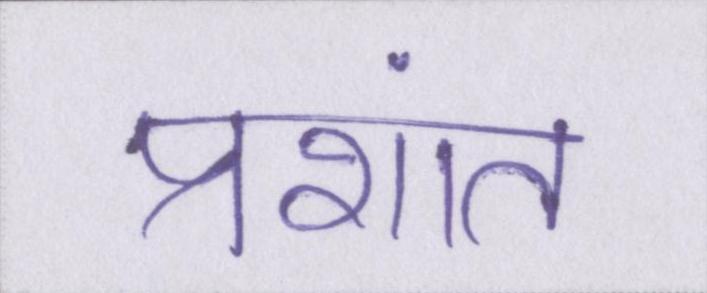
प्रशांत